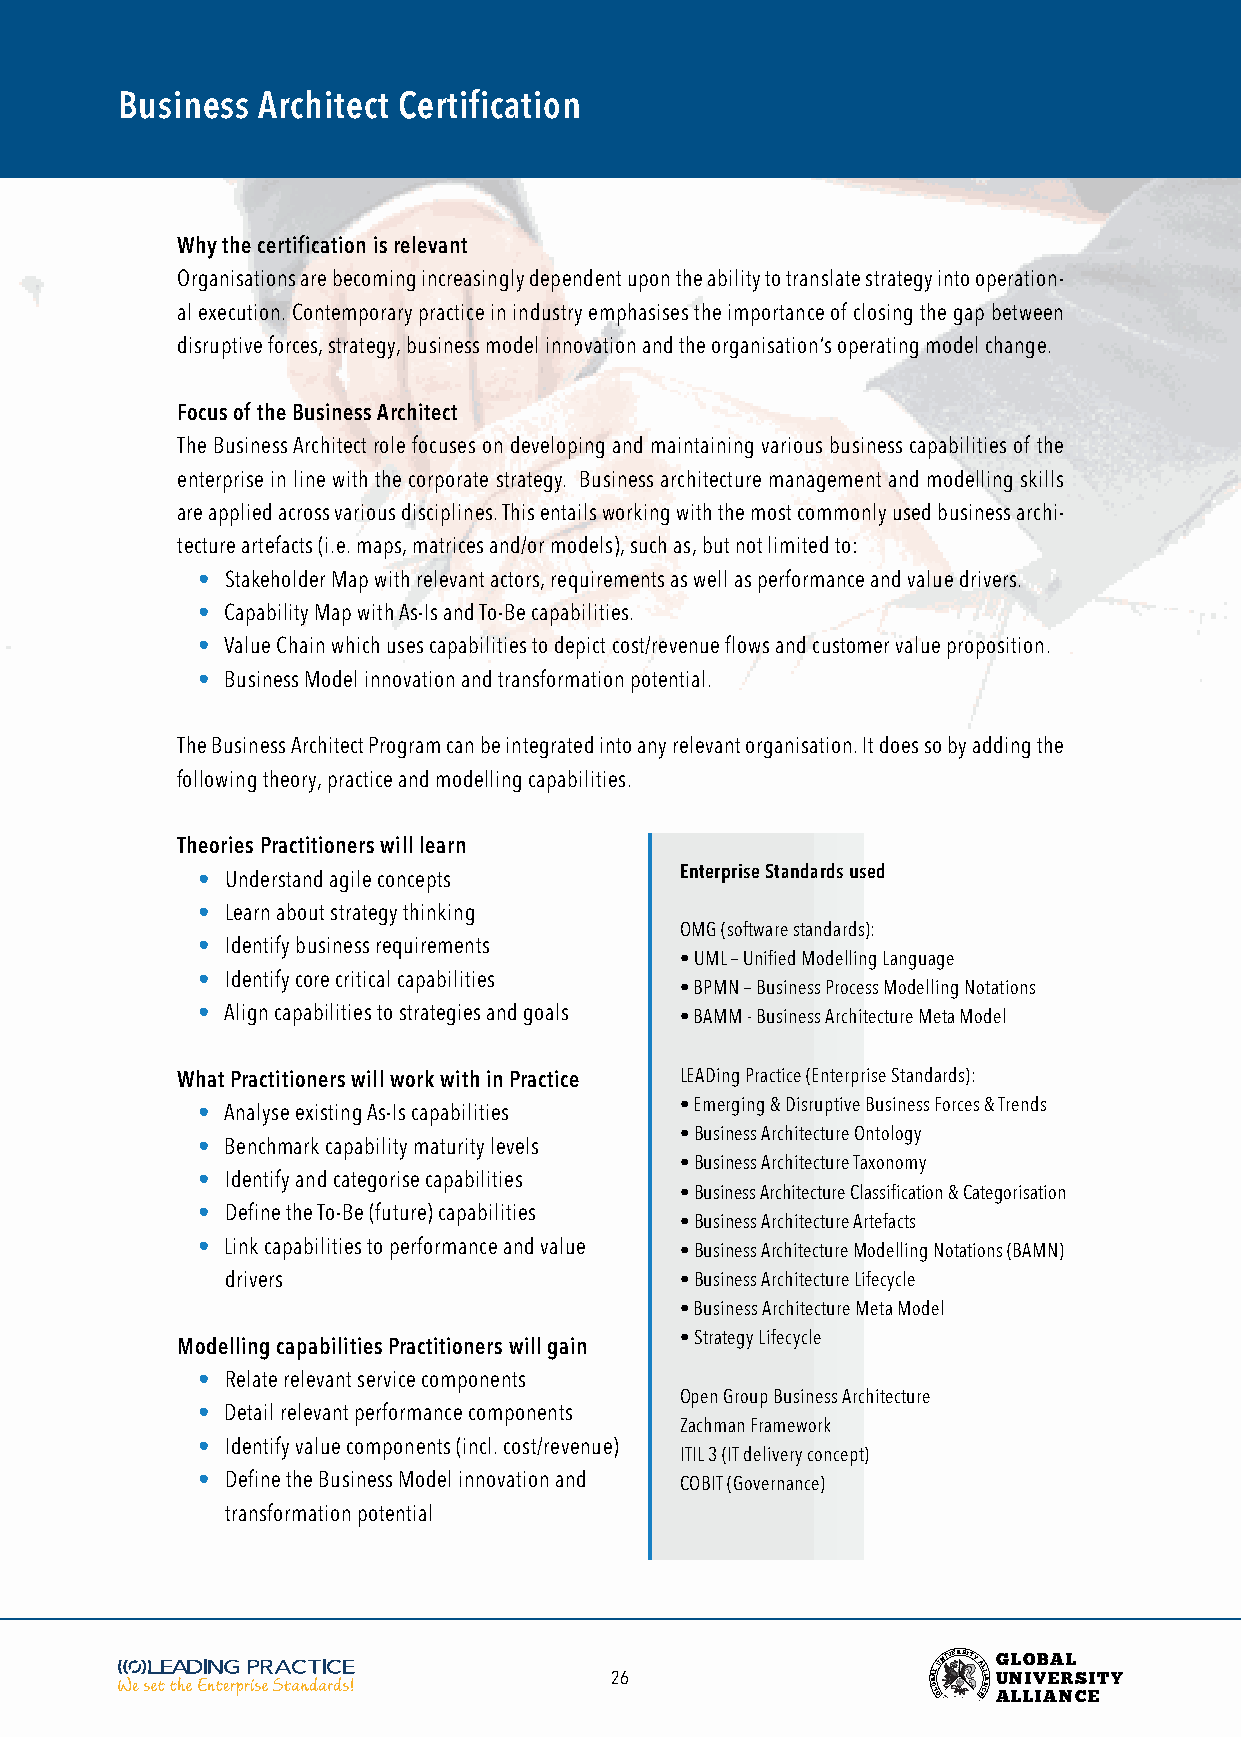
Business Architect Certification
 Why the certification is relevant
 Organisations are becoming increasingly dependent upon the ability to translate strategy into operation-
 al execution. Contemporary practice in industry emphasises the importance of closing the gap between
 disruptive forces, strategy, business model innovation and the organisation’s operating model change.
 Focus of the Business Architect
 The Business Architect role focuses on developing and maintaining various business capabilities of the
 enterprise in line with the corporate strategy. Business architecture management and modelling skills
 are applied across various disciplines. This entails working with the most commonly used business archi-
 tecture artefacts (i.e. maps, matrices and/or models), such as, but not limited to:
 • Stakeholder Map with relevant actors, requirements as well as performance and value drivers.
 • Capability Map with As-Is and To-Be capabilities.
 • Value Chain which uses capabilities to depict cost/revenue flows and customer value proposition.
 • Business Model innovation and transformation potential.
 The Business Architect Program can be integrated into any relevant organisation. It does so by adding the
 following theory, practice and modelling capabilities.
 Theories Practitioners will learn
 Enterprise Standards used
 • Understand agile concepts
 • Learn about strategy thinking
 OMG (software standards):
 • Identify business requirements
 • UML – Unified Modelling Language
 • Identify core critical capabilities
 • BPMN – Business Process Modelling Notations
 • Align capabilities to strategies and goals • BAMM - Business Architecture Meta Model
 What Practitioners will work with in Practice LEADing Practice (Enterprise Standards):
 • Emerging & Disruptive Business Forces & Trends
 • Analyse existing As-Is capabilities
 • Business Architecture Ontology
 • Benchmark capability maturity levels
 • Business Architecture Taxonomy
 • Identify and categorise capabilities
 • Business Architecture Classification & Categorisation
 • Define the To-Be (future) capabilities
 • Business Architecture Artefacts
 • Link capabilities to performance and value • Business Architecture Modelling Notations (BAMN)
 drivers                       • Business Architecture Lifecycle
 • Business Architecture Meta Model
 • Strategy Lifecycle
 Modelling capabilities Practitioners will gain
 • Relate relevant service components
 Open Group Business Architecture
 • Detail relevant performance components
 Zachman Framework
 • Identify value components (incl. cost/revenue)
 ITIL 3 (IT delivery concept)
 • Define the Business Model innovation and COBIT (Governance)
 transformation potential
 26                    BOA LL
 GUNIVERSITY
 AL EL CI NA
 G
 U
 ANL LO
 LIV
 IB AEA NRL
 CS EITY